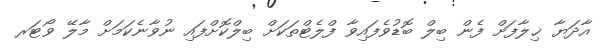
އާދަޔާ ޚިލާފަށް ފެން ބިލް ބޮޑުވެފައިވާ ފްލެޓްތަކަށް ބިލްކޮށްފައި ނުވާނެކަމަށް މާލޭ ވޯޓަރ